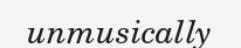
unmusically